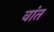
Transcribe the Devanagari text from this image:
वांत